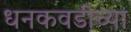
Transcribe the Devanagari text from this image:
धनकवडीच्या